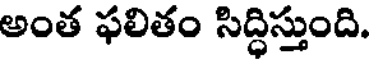
అంత ఫలితం సిద్ధిస్తుంది.